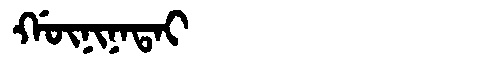
Manchu: ᡤᡡᠨᡳᠨᠠᡨᠠᡳ
Romanization: GŪNINATAI